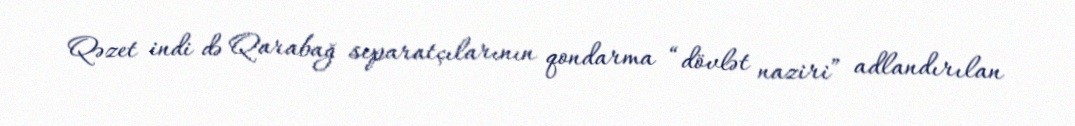
Qəzet indi də Qarabağ separatçılarının qondarma “dövlət naziri” adlandırılan